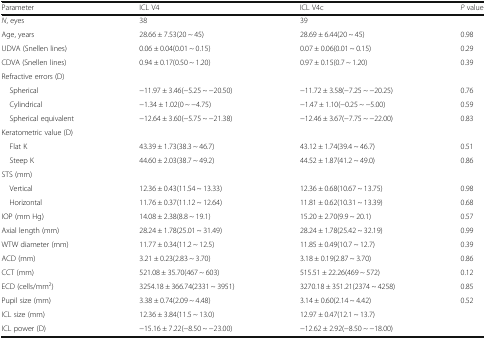
<table><thead><tr><td><b>Parameter</b></td><td><b>ICL V4</b></td><td><b>ICL V4c</b></td><td><b><i>P</i> value</b></td></tr></thead><tbody><tr><td><i>N</i>, eyes</td><td>38</td><td>39</td><td></td></tr><tr><td>Age, years</td><td>28.66 ± 7.53(20 ~ 45)</td><td>28.69 ± 6.44(20 ~ 45)</td><td>0.98</td></tr><tr><td>UDVA (Snellen lines)</td><td>0.06 ± 0.04(0.01 ~ 0.15)</td><td>0.07 ± 0.06(0.01 ~ 0.15)</td><td>0.29</td></tr><tr><td>CDVA (Snellen lines)</td><td>0.94 ± 0.17(0.50 ~ 1.20)</td><td>0.97 ± 0.15(0.7 ~ 1.20)</td><td>0.39</td></tr><tr><td colspan="4">Refractive errors (D)</td></tr><tr><td> Spherical</td><td>−11.97 ± 3.46(−5.25 ~ −20.50)</td><td>−11.72 ± 3.58(−7.25 ~ −20.25)</td><td>0.76</td></tr><tr><td> Cylindrical</td><td>−1.34 ± 1.02(0 ~ −4.75)</td><td>−1.47 ± 1.10(−0.25 ~ −5.00)</td><td>0.59</td></tr><tr><td> Spherical equivalent</td><td>−12.64 ± 3.60(−5.75 ~ −21.38)</td><td>−12.46 ± 3.67(−7.75 ~ −22.00)</td><td>0.83</td></tr><tr><td colspan="4">Keratometric value (D)</td></tr><tr><td> Flat K</td><td>43.39 ± 1.73(38.3 ~ 46.7)</td><td>43.12 ± 1.74(39.4 ~ 46.7)</td><td>0.51</td></tr><tr><td> Steep K</td><td>44.60 ± 2.03(38.7 ~ 49.2)</td><td>44.52 ± 1.87(41.2 ~ 49.0)</td><td>0.86</td></tr><tr><td colspan="4">STS (mm)</td></tr><tr><td> Vertical</td><td>12.36 ± 0.43(11.54 ~ 13.33)</td><td>12.36 ± 0.68(10.67 ~ 13.75)</td><td>0.98</td></tr><tr><td> Horizontal</td><td>11.76 ± 0.37(11.12 ~ 12.64)</td><td>11.81 ± 0.62(10.31 ~ 13.39)</td><td>0.68</td></tr><tr><td>IOP (mm Hg)</td><td>14.08 ± 2.38(8.8 ~ 19.1)</td><td>15.20 ± 2.70(9.9 ~ 20.1)</td><td>0.57</td></tr><tr><td>Axial length (mm)</td><td>28.24 ± 1.78(25.01 ~ 31.49)</td><td>28.24 ± 1.78(25.42 ~ 32.19)</td><td>0.99</td></tr><tr><td>WTW diameter (mm)</td><td>11.77 ± 0.34(11.2 ~ 12.5)</td><td>11.85 ± 0.49(10.7 ~ 12.7)</td><td>0.39</td></tr><tr><td>ACD (mm)</td><td>3.21 ± 0.23(2.83 ~ 3.70)</td><td>3.18 ± 0.19(2.87 ~ 3.70)</td><td>0.86</td></tr><tr><td>CCT (mm)</td><td>521.08 ± 35.70(467 ~ 603)</td><td>515.51 ± 22.26(469 ~ 572)</td><td>0.12</td></tr><tr><td>ECD (cells/mm<sup>2</sup>)</td><td>3254.18 ± 366.74(2331 ~ 3951)</td><td>3270.18 ± 351.21(2374 ~ 4258)</td><td>0.85</td></tr><tr><td>Pupil size (mm)</td><td>3.38 ± 0.74(2.09 ~ 4.48)</td><td>3.14 ± 0.60(2.14 ~ 4.42)</td><td>0.52</td></tr><tr><td>ICL size (mm)</td><td>12.36 ± 3.84(11.5 ~ 13.0)</td><td>12.97 ± 0.47(12.1 ~ 13.7)</td><td></td></tr><tr><td>ICL power (D)</td><td>−15.16 ± 7.22(−8.50 ~ −23.00)</td><td>−12.62 ± 2.92(−8.50 ~ −18.00)</td><td></td></tr></tbody></table>